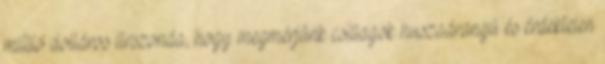
millió dolláros űrszonda, hogy megmérjünk csillagok huszadrangú és érdektelen